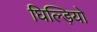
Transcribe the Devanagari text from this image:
घिल्ड़ियो